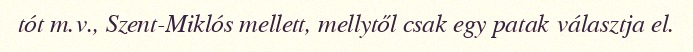
tót m.v., Szent-Miklós mellett, mellytől csak egy patak választja el.